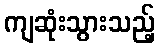
ကျဆုံးသွားသည့်